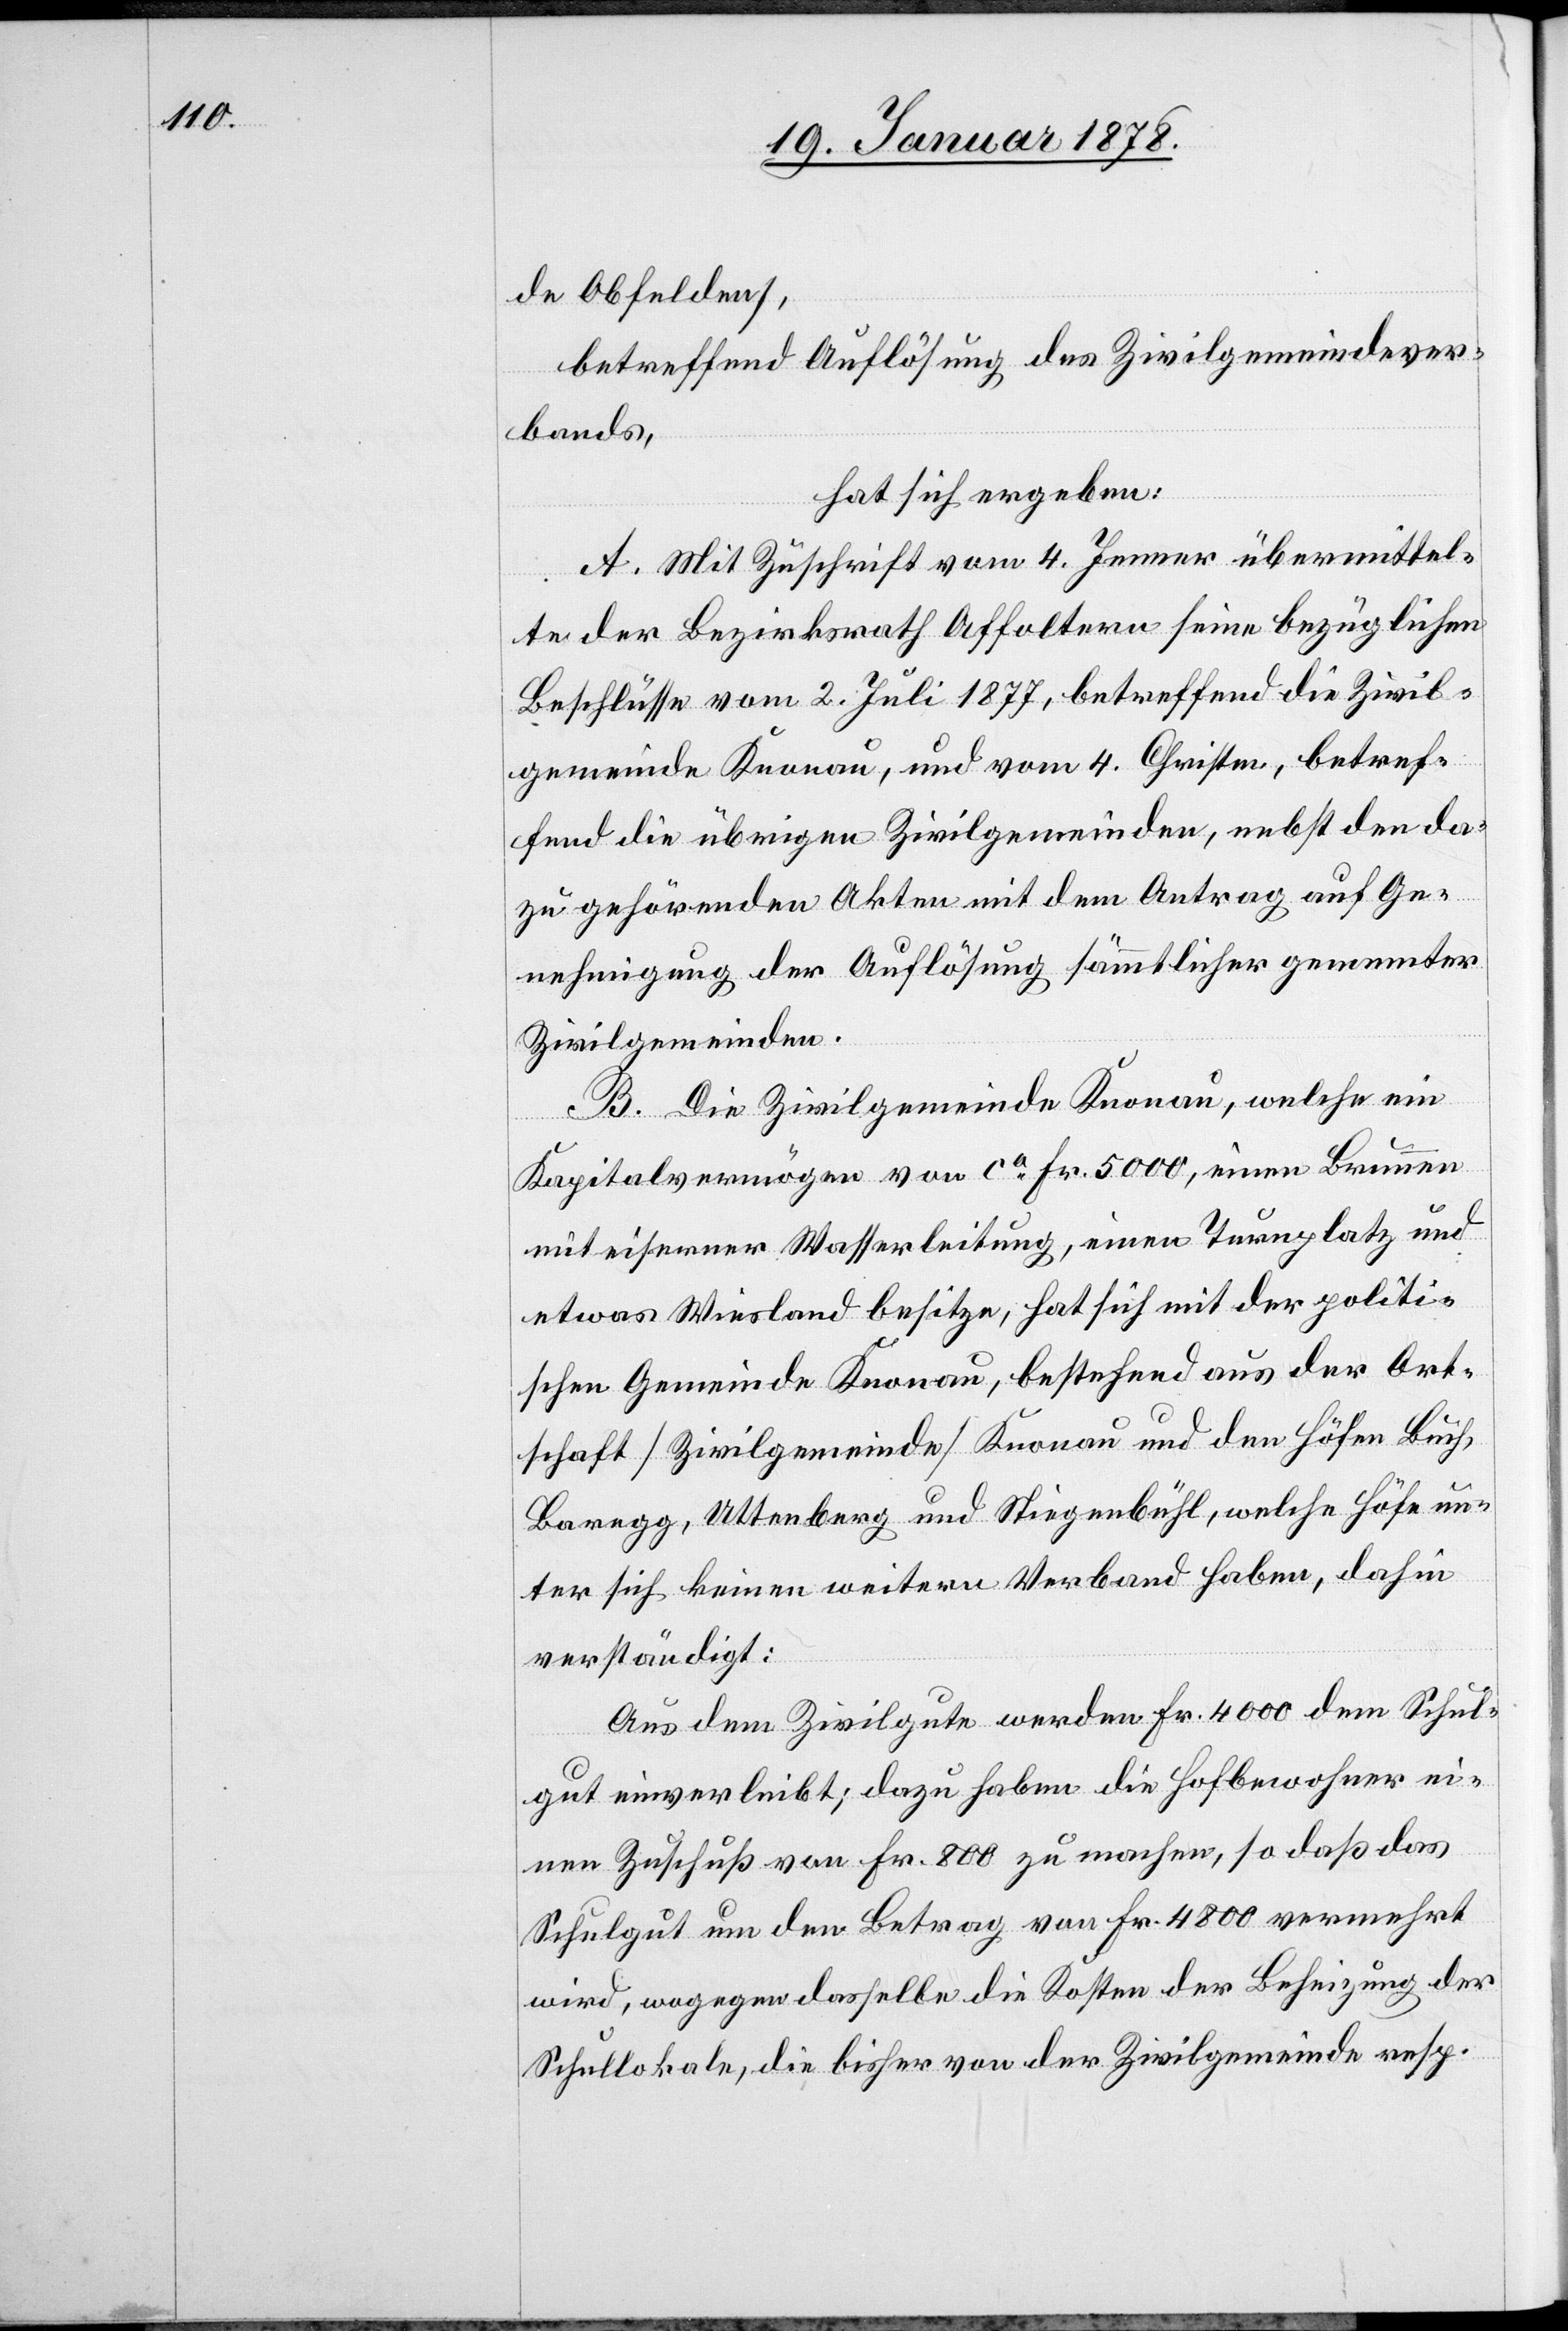
de Obfelden),
betreffend Auflösung des Zivilgemeindever¬
bands,
hat sich ergeben:
A. Mit Zuschrift vom 4. Jenner übermittel¬
te der Bezirksrath Affoltern seine bezüglichen
Beschlüsse vom 2. Juli 1877, betreffend die Zivil¬
gemeinde Knonau, und vom 4. Christm. betref¬
fend die übrigen Zivilgemeinden, nebst den da¬
zu gehörenden Akten mit dem Antrag auf Ge¬
nehmigung der Auflösung sämmtlicher genannter
Zivilgemeinden.
B. Die Zivilgemeinde Knonau, welche ein
Kapitalsvermögen von ca. Fr. 5000, einen Brunnen
mit eiserner Wasserleitung, einen Turnplatz und
etwas Wiesland besitze, hat sich mit der politi¬
schen Gemeinde Knonau, bestehend aus der Ort¬
schaft (Zivilgemeinde) Knonau und den Höfen Buch,
Baregg, Uttenberg und Stiegenbühl, welche Höfe un¬
ter sich keinen weitern Verband haben, dahin
verständigt:
Aus dem Zivilgute werden Fr. 4000 dem Schul¬
gut einverleibt; dazu haben die Hofbewohner ei¬
nen Zuschuß von Fr. 800 zu machen, so daß das
Schulgut um den Betrag von Fr. 4800 vermehrt
wird, wogegen dasselbe die Kosten der Beheizung der
Schullokale, die bisher von der Zivilgemeinde resp.